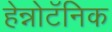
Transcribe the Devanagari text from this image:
हेन्नोटॅनिक